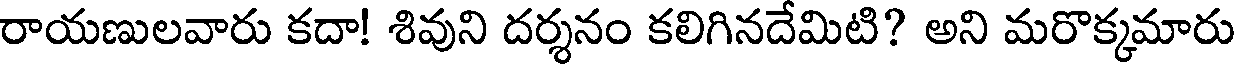
రాయణులవారు కదా! శివుని దర్శనం కలిగినదేమిటి? అని మరొక్కమారు